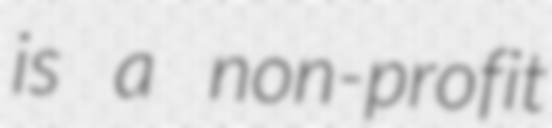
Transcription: is a non-profit